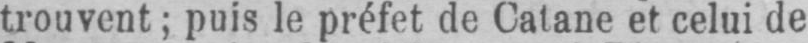
trouvent; puis le préfet de Catane et celui de